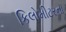
કિલોમીટરના